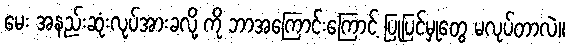
မေး အနည်းဆုံးလုပ်အားခလို့ ကို ဘာအကြောင်းကြောင့် ပြုပြင်မှုတွေ မလုပ်တာလဲ။